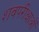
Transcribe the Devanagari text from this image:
शवपरीक्षाओं